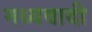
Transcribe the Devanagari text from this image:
मध्यवादी